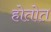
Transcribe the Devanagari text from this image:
होतोत